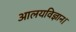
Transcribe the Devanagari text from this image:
आलयविज्ञान।